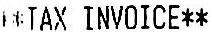
**TAX INVOICE**